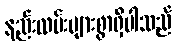
နည်းလမ်းများစွာရှိပါသည်